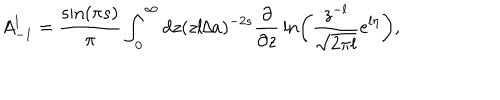
A _ { - 1 } ^ { l } = { \frac { \sin ( \pi s ) } { \pi } } \int _ { 0 } ^ { \infty } d z ( z l / a ) ^ { - 2 s } { \frac { \partial } { \partial z } } \ln \left( { \frac { z ^ { - l } } { \sqrt { 2 \pi l } } } e ^ { l \eta } \right) ,